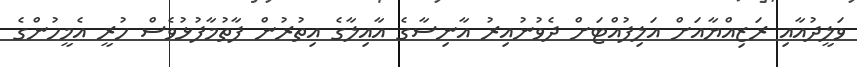
ވަލީދުއާއި ރަޒިއްޔާއަށް އަލިފުއްޓަށް ދެވުނުއިރު އާނިސާގެ އާއިލާގެ އިތުރުން ފާތުމާފުޅުވެސް ހުރީ އެމީހުންގެ